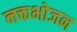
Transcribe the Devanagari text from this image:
नक्तभोजन